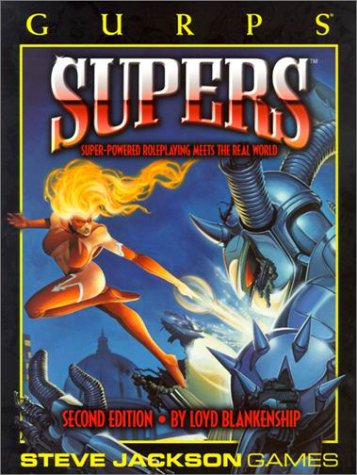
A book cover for GURPS: Supers Second Edition (Superhero Roleplaying); Loyd Blankenship; Science Fiction & Fantasy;